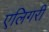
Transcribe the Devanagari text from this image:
एलिगरी